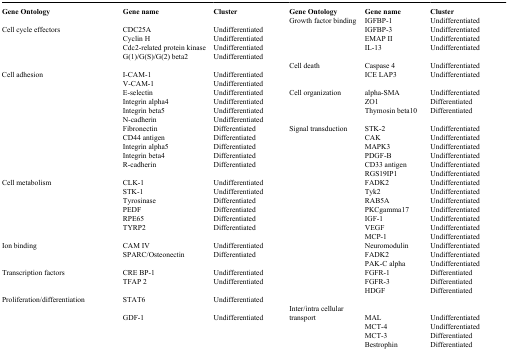
<table><thead><tr><td><b>Gene Ontology</b></td><td><b>Gene name</b></td><td><b>Cluster</b></td><td><b>Gene Ontology</b></td><td><b>Gene name</b></td><td><b>Cluster</b></td></tr></thead><tbody><tr><td> </td><td> </td><td> </td><td>Growth factor binding</td><td>IGFBP-1</td><td>Undifferentiated</td></tr><tr><td>Cell cycle effectors</td><td>CDC25A</td><td>Undifferentiated</td><td> </td><td>IGFBP-3</td><td>Undifferentiated</td></tr><tr><td> </td><td>Cyclin H</td><td>Undifferentiated</td><td> </td><td>EMAP II</td><td>Undifferentiated</td></tr><tr><td> </td><td>Cdc2-related protein kinase</td><td>Undifferentiated</td><td> </td><td>IL-13</td><td>Undifferentiated</td></tr><tr><td> </td><td>G(1)/G(S)/G(2) beta2</td><td>Undifferentiated</td><td> </td><td></td><td></td></tr><tr><td> </td><td> </td><td> </td><td>Cell death</td><td>Caspase 4</td><td>Undifferentiated</td></tr><tr><td>Cell adhesion</td><td>I-CAM-1</td><td>Undifferentiated</td><td> </td><td>ICE LAP3</td><td>Undifferentiated</td></tr><tr><td> </td><td>V-CAM-1</td><td>Undifferentiated</td><td> </td><td></td><td></td></tr><tr><td> </td><td>E-selectin</td><td>Undifferentiated</td><td>Cell organization</td><td>alpha-SMA</td><td>Undifferentiated</td></tr><tr><td> </td><td>Integrin alpha4</td><td>Undifferentiated</td><td> </td><td>ZO1</td><td>Differentiated</td></tr><tr><td> </td><td>Integrin beta5</td><td>Undifferentiated</td><td> </td><td>Thymosin beta10</td><td>Differentiated</td></tr><tr><td> </td><td>N-cadherin</td><td>Undifferentiated</td><td> </td><td></td><td></td></tr><tr><td> </td><td>Fibronectin</td><td>Differentiated</td><td>Signal transduction</td><td>STK-2</td><td>Undifferentiated</td></tr><tr><td> </td><td>CD44 antigen</td><td>Differentiated</td><td> </td><td>CAK</td><td>Undifferentiated</td></tr><tr><td> </td><td>Integrin alpha5</td><td>Differentiated</td><td> </td><td>MAPK3</td><td>Undifferentiated</td></tr><tr><td> </td><td>Integrin beta4</td><td>Differentiated</td><td> </td><td>PDGF-B</td><td>Undifferentiated</td></tr><tr><td> </td><td>R-cadherin</td><td>Differentiated</td><td> </td><td>CD33 antigen</td><td>Undifferentiated</td></tr><tr><td> </td><td> </td><td> </td><td> </td><td>RGS19IP1</td><td>Undifferentiated</td></tr><tr><td>Cell metabolism</td><td>CLK-1</td><td>Undifferentiated</td><td> </td><td>FADK2</td><td>Undifferentiated</td></tr><tr><td> </td><td>STK-1</td><td>Undifferentiated</td><td> </td><td>Tyk2</td><td>Undifferentiated</td></tr><tr><td> </td><td>Tyrosinase</td><td>Differentiated</td><td> </td><td>RAB5A</td><td>Undifferentiated</td></tr><tr><td> </td><td>PEDF</td><td>Differentiated</td><td> </td><td>PKCgamma17</td><td>Undifferentiated</td></tr><tr><td> </td><td>RPE65</td><td>Differentiated</td><td> </td><td>IGF-1</td><td>Undifferentiated</td></tr><tr><td> </td><td>TYRP2</td><td>Differentiated</td><td> </td><td>VEGF</td><td>Undifferentiated</td></tr><tr><td> </td><td> </td><td> </td><td> </td><td>MCP-1</td><td>Undifferentiated</td></tr><tr><td>Ion binding</td><td>CAM IV</td><td>Undifferentiated</td><td> </td><td>Neuromodulin</td><td>Undifferentiated</td></tr><tr><td> </td><td>SPARC/Osteonectin</td><td>Differentiated</td><td> </td><td>FADK2</td><td>Undifferentiated</td></tr><tr><td> </td><td> </td><td> </td><td> </td><td>PAK-C alpha</td><td>Undifferentiated</td></tr><tr><td>Transcription factors</td><td>CRE BP-1</td><td>Undifferentiated</td><td></td><td>FGFR-1</td><td>Differentiated</td></tr><tr><td> </td><td>TFAP 2</td><td>Undifferentiated</td><td></td><td>FGFR-3</td><td>Differentiated</td></tr><tr><td> </td><td> </td><td> </td><td> </td><td>HDGF</td><td>Differentiated</td></tr><tr><td>Proliferation/differentiation</td><td>STAT6</td><td>Undifferentiated</td><td></td><td></td><td></td></tr><tr><td> </td><td>GDF-1</td><td>Undifferentiated</td><td>Inter/intra cellular transport</td><td>MAL</td><td>Undifferentiated</td></tr><tr><td> </td><td> </td><td> </td><td> </td><td>MCT-4</td><td>Undifferentiated</td></tr><tr><td> </td><td> </td><td> </td><td> </td><td>MCT-3</td><td>Differentiated</td></tr><tr><td> </td><td> </td><td> </td><td> </td><td>Bestrophin</td><td>Differentiated</td></tr></tbody></table>